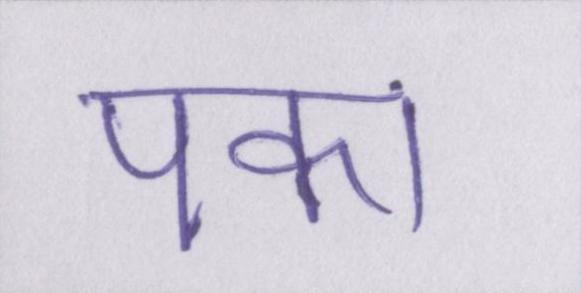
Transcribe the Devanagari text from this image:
पका